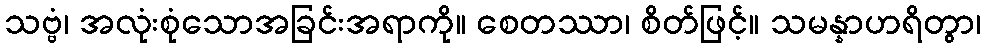
သဗ္ဗံ၊ အလုံးစုံသောအခြင်းအရာကို။ စေတဿာ၊ စိတ်ဖြင့်။ သမန္နာဟရိတွာ၊